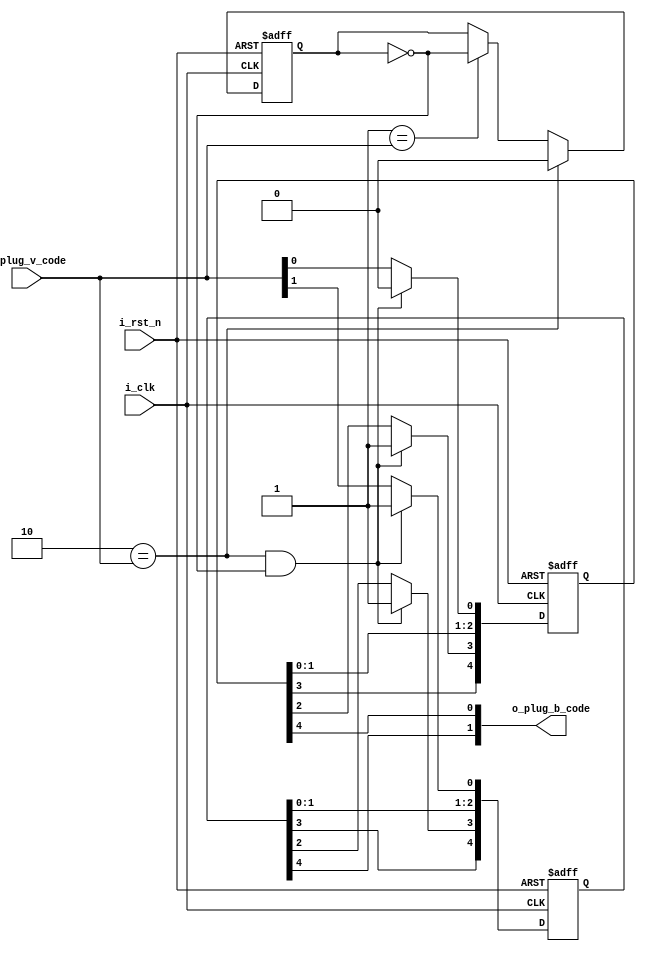
`timescale 1ns/1ns

module hdb3_plug_b(
input i_rst_n,
input i_clk,
input [1:0] i_plug_v_code,
output [1:0] o_plug_b_code
);

reg[1:0] r_plug_b_code;
reg[4:0] r_plug_b_code_h;
reg[4:0] r_plug_b_code_l;
reg[2:0] r_data_shift;
reg r_not_0_parity;

assign o_plug_b_code ={r_plug_b_code_h[4],r_plug_b_code_l[4]};

always@(posedge i_clk,negedge i_rst_n)
begin
  if(1'b0==i_rst_n)
  begin
    r_not_0_parity<=1'b0;
  end
  else
  begin
    if(2'b10==i_plug_v_code)
      r_not_0_parity<=1'b0;
    else if(2'b01==i_plug_v_code)
      r_not_0_parity<=~r_not_0_parity;
  end
 end
 
 always@(posedge i_clk,negedge i_rst_n)
 begin
   if(1'b0==i_rst_n)
   begin
     r_plug_b_code_h<=5'b0000;
     r_plug_b_code_l<=5'b0000;
   end
   else
   begin
     if(2'b10==i_plug_v_code&&1'b0==r_not_0_parity)
     begin
       r_plug_b_code_h[0]<=1'b1;
       r_plug_b_code_h[1]<=r_plug_b_code_h[0];
       r_plug_b_code_h[2]<=r_plug_b_code_h[1];
       r_plug_b_code_h[3]<=1'b1;
       r_plug_b_code_h[4]<=r_plug_b_code_h[3];
       r_plug_b_code_l[0]<=1'b0;
       r_plug_b_code_l[1]<=r_plug_b_code_l[0];
       r_plug_b_code_l[2]<=r_plug_b_code_l[1];
       r_plug_b_code_l[3]<=1'b1;
       r_plug_b_code_l[4]<=r_plug_b_code_l[3];
     end
     else
     begin
       r_plug_b_code_h<={r_plug_b_code_h[3:0],i_plug_v_code[1]};
       r_plug_b_code_l<={r_plug_b_code_l[3:0],i_plug_v_code[0]};
     end
   end
 end
 
 endmodule